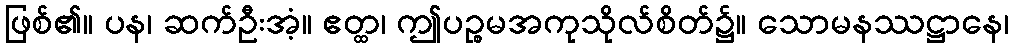
ဖြစ်၏။ ပန၊ ဆက်ဦးအံ့။ ဧတ္ထ၊ ဤပဉ္စမအကုသိုလ်စိတ်၌။ သောမနဿဋ္ဌာနေ၊